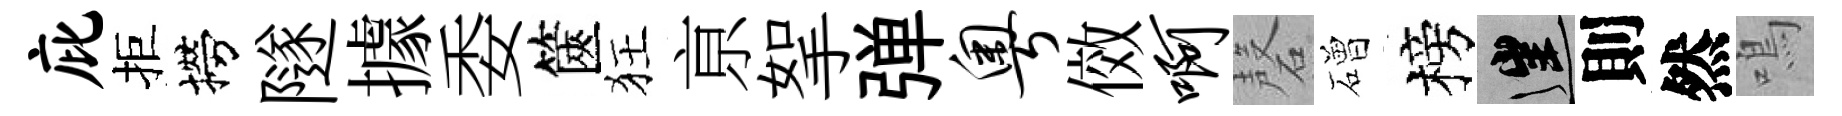
庇拒撈隧據委篋狂亰挐弹粤傚啊磬磳榜往則然鳴